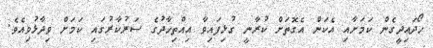
ހޯދައިދީގެން ކަމަށާއި އެކަން އެގޮތަށް ކުރާނީ ގުޅިފައިވާ އިއްތިހާދުގެ ސަރުކާރުގައި ކަމަށް ވިދާޅުވިއެވެ.